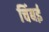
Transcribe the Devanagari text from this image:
चिंबई